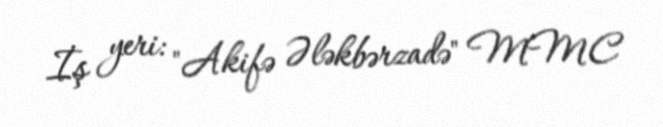
İş yeri: "Akifə Ələkbərzadə" MMC